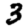
Digit: 3